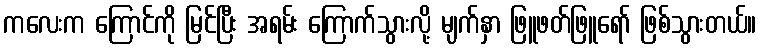
ကလေးက ကြောင်ကို မြင်ပြီး အရမ်း ကြောက်သွားလို့ မျက်နှာ ဖြူဖတ်ဖြူရော် ဖြစ်သွားတယ်။